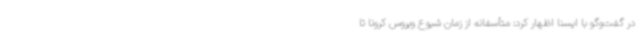
در گفت‌وگو با ایسنا اظهار کرد: متأسفانه از زمان شیوع ویروس کرونا تا